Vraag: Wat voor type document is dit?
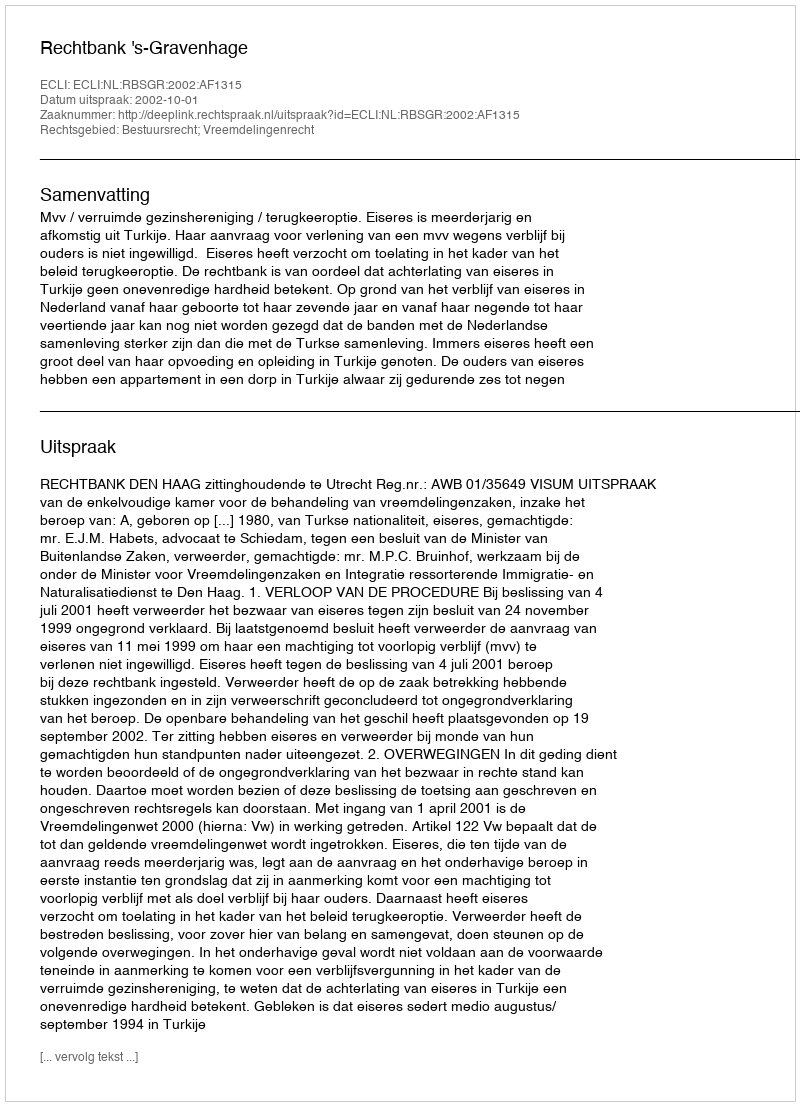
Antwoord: Uitspraak